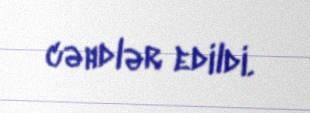
cəhdlər edildi.